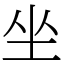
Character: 坐